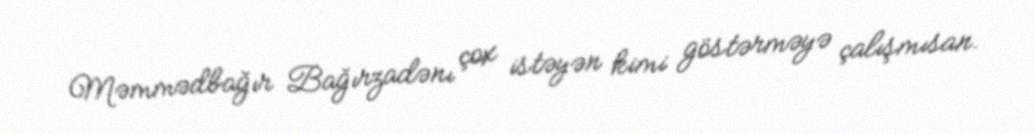
Məmmədbağır Bağırzadənı çox istəyən kimi göstərməyə çalışmısan.